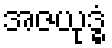
အဇယုဒ္ဓံ